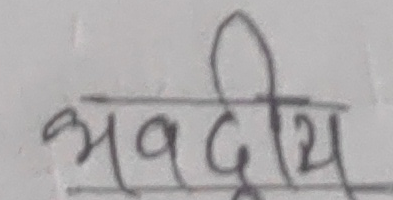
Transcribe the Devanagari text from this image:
भवदीय